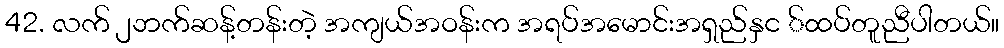
42. လက် ၂ဘက်ဆန့်တန်းတဲ့ အကျယ်အဝန်းက အရပ်အမောင်းအရှည်နှင ်ထပ်တူညီပါတယ်။